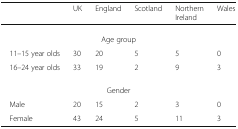
|  | UK | England | Scotland | Northern Ireland | Wales |
 | --- | --- | --- | --- | --- | --- |
 | <COLSPAN=6> Age group |
 | 11–15 year olds | 30 | 20 | 5 | 5 | 0 |
 | 16–24 year olds | 33 | 19 | 2 | 9 | 3 |
 | <COLSPAN=6> Gender |
 | Male | 20 | 15 | 2 | 3 | 0 |
 | Female | 43 | 24 | 5 | 11 | 3 |